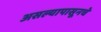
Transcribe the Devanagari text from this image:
असल्यापासूनचे